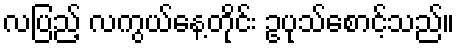
လပြည့် လကွယ်နေ့တိုင်း ဥပုသ်စောင့်သည်။